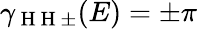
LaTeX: \gamma_{\mathrm{~H~H~}\pm}(E)=\pm\pi